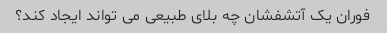
فوران یک آتشفشان چه بلای طبیعی می تواند ایجاد کند؟